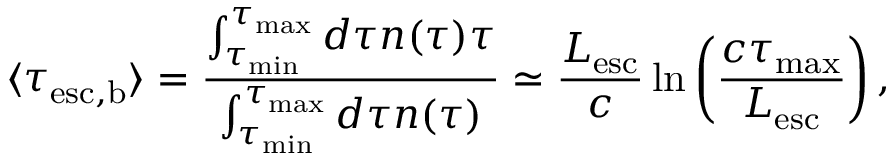
\langle \tau _ { \mathrm { e s c , b } } \rangle = \frac { \int _ { \tau _ { \mathrm { m i n } } } ^ { \tau _ { \mathrm { m a x } } } d \tau n ( \tau ) \tau } { \int _ { \tau _ { \mathrm { m i n } } } ^ { \tau _ { \mathrm { m a x } } } d \tau n ( \tau ) } \simeq \frac { L _ { \mathrm { e s c } } } { c } \ln { \left( \frac { c \tau _ { \mathrm { m a x } } } { L _ { \mathrm { e s c } } } \right) } \, ,